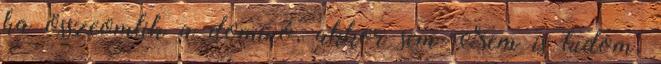
ha összeomlik a dominó, akkor sem Nem is tudom,